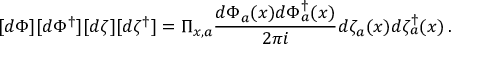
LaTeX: [ d \Phi ] [ d \Phi ^ { \dagger } ] [ d \zeta ] [ d \zeta ^ { \dagger } ] = \Pi _ { x , a } \frac { d \Phi _ { a } ( x ) d \Phi _ { a } ^ { \dagger } ( x ) } { 2 \pi i } d \zeta _ { a } ( x ) d \zeta _ { a } ^ { \dagger } ( x ) \, .